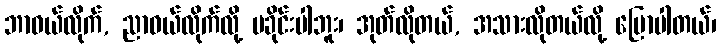
ဘာဝယ်လိုက်, ညာဝယ်လိုက်လို့ မခိုင်းပါဘူး၊ အုတ်လိုတယ်, အသားလိုတယ်လို့ ပြောပါတယ်၊